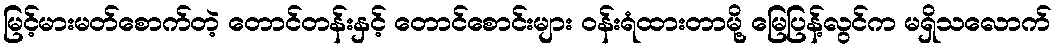
မြင့်မားမတ်စောက်တဲ့ တောင်တန်းနှင့် တောင်စောင်းများ ဝန်းရံထားတာမို့ မြေပြန့်လွင်က မရှိသလောက်